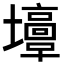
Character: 𡓣